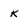
Character: K